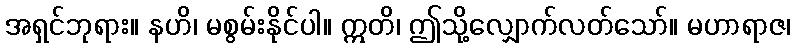
အရှင်ဘုရား။ နဟိ၊ မစွမ်းနိုင်ပါ။ ဣတိ၊ ဤသို့လျှောက်လတ်သော်။ မဟာရာဇ၊